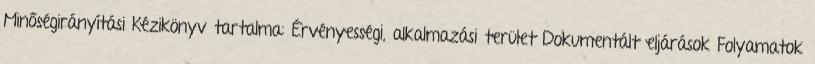
Minőségirányítási Kézikönyv tartalma: Érvényességi, alkalmazási terület Dokumentált eljárások Folyamatok